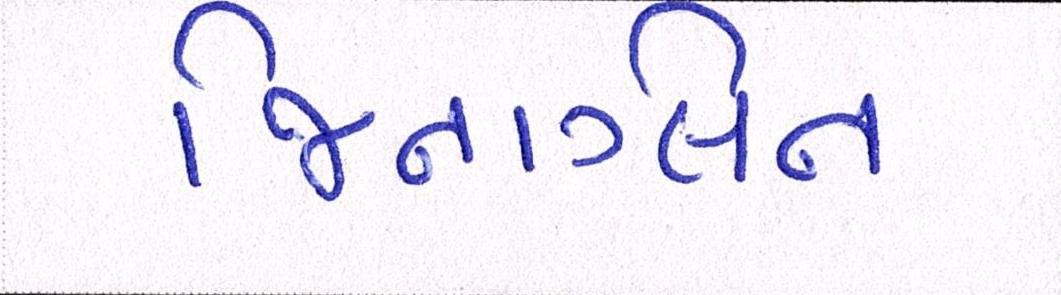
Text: જિનગ્લિન